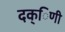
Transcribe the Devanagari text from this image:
दक्िणी